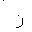
Letter: _zay